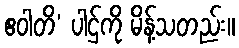
ဧဝါတိ’ ပါဌ်ကို မိန့်သတည်း။